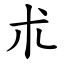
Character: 朮